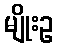
မျိုးဥ